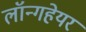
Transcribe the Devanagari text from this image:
लॉन्गहेयर